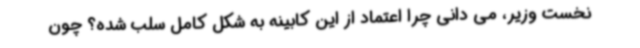
نخست وزیر، می دانی چرا اعتماد از این کابینه به شکل کامل سلب شده؟ چون